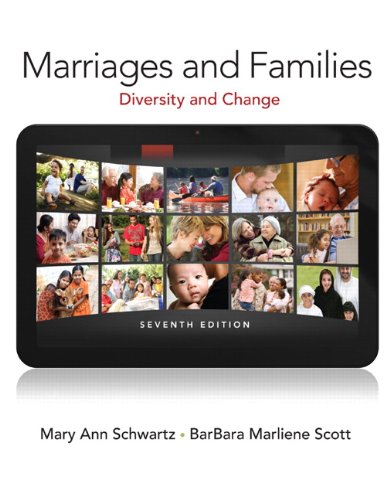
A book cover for Marriages and Families (7th Edition); Mary Ann A. Schwartz; Politics & Social Sciences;